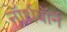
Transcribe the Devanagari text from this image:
नॉर्थबॉर्न